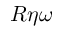
R \eta \omega